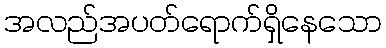
အလည်အပတ်ရောက်ရှိနေသော